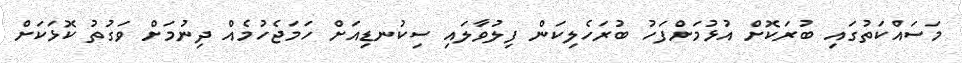
މަސައްކަތުގައި ބުރަކޮށް އުޅުމަށްފަހު ބުރަހެލިކަން ފިލުވާލައި ސިކުނޑިއަށް ހަމަޖެހުމެއް ދިނުމަށް ވަގުތު ކޮޅަކަށް